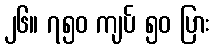
၂၆။ ၇၅၀ ကျပ် ၅၀ ပြား